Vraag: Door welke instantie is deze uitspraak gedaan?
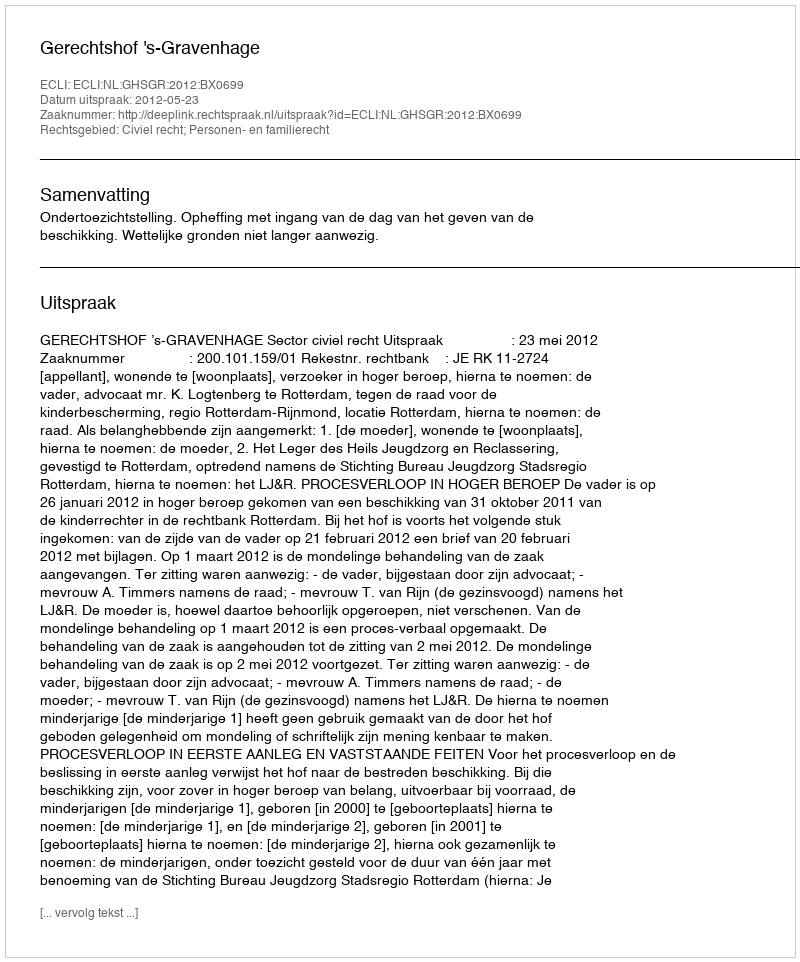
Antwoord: Gerechtshof 's-Gravenhage